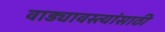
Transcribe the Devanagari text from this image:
वाड्यावस्त्यांसाठी